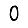
Digit: 0